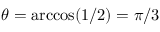
\theta = \operatorname { a r c c o s } ( { 1 } / { 2 } ) = \pi / 3